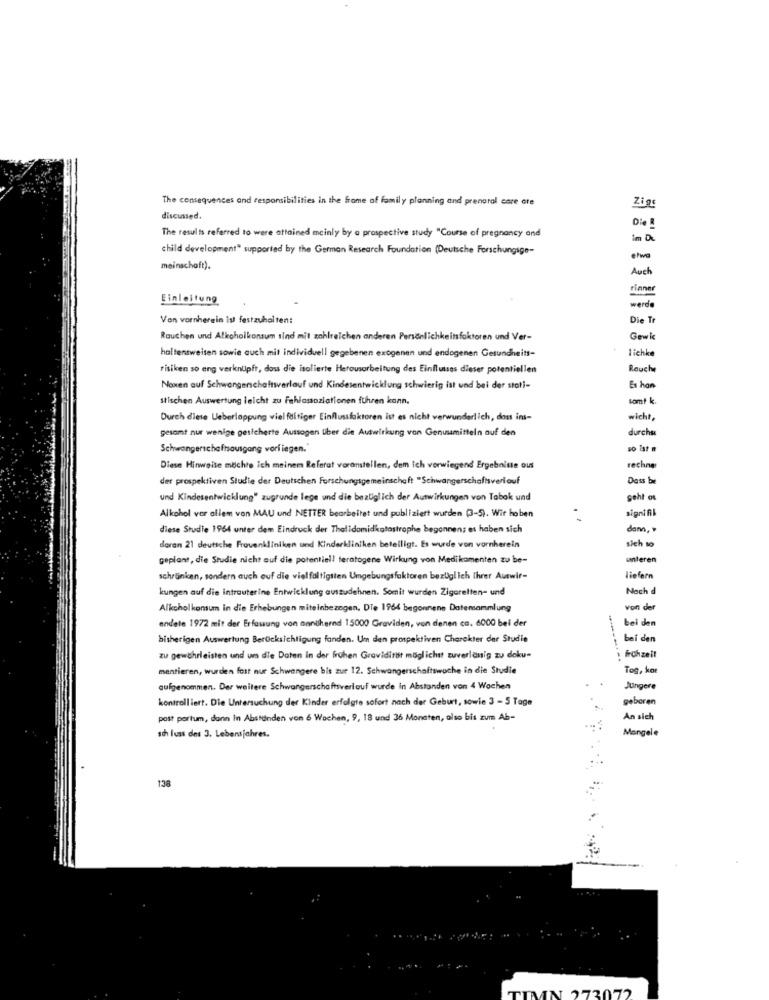
The consequences and responsibilities in the frame of family planning and prenatal care ore
Zig
discussed.
The results referred to were attained mainly by a prospective study "Course of pregnancy and
child development" supported by the German Research Foundation (Deutsche Forschungsge-
etwa
meinschaft).
Auch
rinner
Einleitung
werde
Von vornherein ist festzuhalten:
Die Tr
Rauchen und Alkoholkonsum sind mit zahlreichen anderen Persönlichkeitsfaktoren und Ver-
Gewic
haltensweisen sowie auch mit individuell gegebenen exogenen und endogenen Gesundheits-
lichke
risiken so eng verknüpft, dos die isolierte Herousarbeitung des Einflussas dieser potentiellen
Rouche
Noxen auf Schwangerschaftserlauf und Kindesentwicklung schwierig ist und bei der stati-
Es han
stischen Auswertung leicht zu Fahlassoziationen führen kann.
somt k
Durch diese Ueberlappung vielfältiger Einflussfaktoren ist es nicht verwunderlich, dos ins-
wicht,
gesamt nur wenige gesicherte Aussagen Uber die Auswirkung von Genusmitteln auf den
durchu
Schwangerschaftausgang vorliegen.
so Ist
Diese Hinweise möchte ich meinem Referat voranstellen, dem ich vorwiegend Ergebniste ous
rechner
der prospektiven Studie der Deutschen Forschungsgemeinschaft "Schwangerschaftsverlauf
Dass be
und Kindesentwicklung" zugrunde lege und die bezüglich der Auswirkungen von Tabak und
geht os
signifik
Alkohol vor allem von MAU und NETTER bearbeitet und publiziert wurden (3-5). Wir hoben
diese Studie 1964 unter dem Eindruck der Thalidomidkatastrophe begonnen; es haben sich
damn, »
sich to
doran 21 deutsche Frovenkliniken und Kinderkliniken beteiligt. Es wurde von vornherein
geplant, die Studie nicht auf die potentiel! teratogene Wirkung von Medikamenten zu be-
unteren
schränken, sondern auch ouf die vielfaltigsten Umgebungsfaktoren bezüglich Ihrer Auswir-
liefern
kungen auf die intrauterine Entwicklung auszudehnen. Somit wurden Zigaretten- und
Nach d
Alkoholkonsum in die Erhebungen miteinbezogen. DTe 1964 begonnene Datensammlung
von de
endete 1972 mit der Erfassung von annilkernd 15000 Graviden, von denen ca. 6000 bei der
bei den
bisherigen Auswertung Berücksichtigung fanden. Um den prospektiven Charakter der Studie
bei den
zu gewährleisten und um die Daten in der frühen Graviditist möglichst zuverlanig zu doku-
frohzeit
mentieren, wurden fast nur Schwangere bis zur 12. Schwangerschaftswoche in die Studie
Tog, kot
aufgenommen. Der weitere Schwangerschaftsverlauf wurde in Abstanden von 4 Wochen
Jüngere
kontrolliert. Die Untersuchung der Kinder erfolgte sofort nach der Geburt, sowie 3 - 5 Tage
geboren
post partum, dann In Abständen von 6 Wochen, 9, 18 und 36 Monaten, also bis zum Ab-
An sich
Mangele
sch luss des 3. Lebensjahres.
138
TIMN 273072